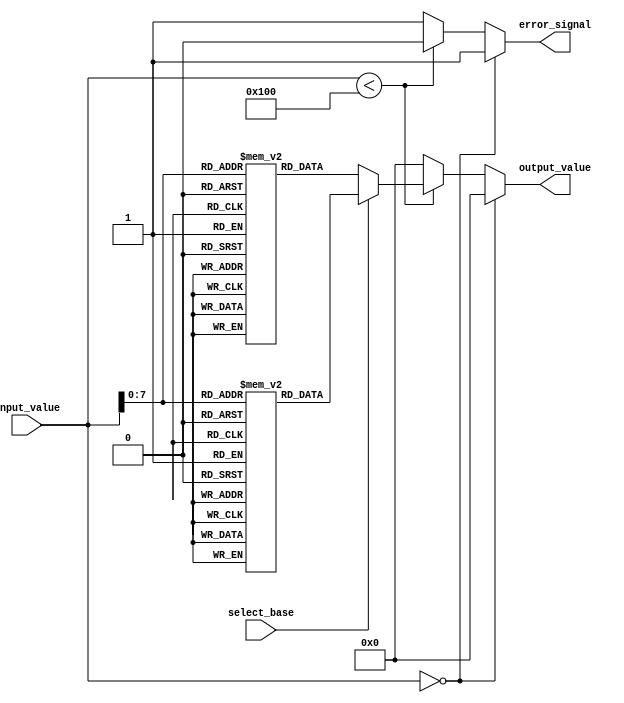
module LogarithmicFunctionGenerator (
    input wire [31:0] input_value, // 32-bit unsigned input
    input wire select_base,         // Control signal: 0 for log2, 1 for log10
    output reg signed [31:0] output_value, // 32-bit signed output
    output reg error_signal         // Error signal for invalid input
);

    // Lookup table for log2 and log10 values (scaled by a factor for integer representation)
    reg signed [31:0] log2_lut [0:255]; // LUT for log2 values
    reg signed [31:0] log10_lut [0:255]; // LUT for log10 values

    initial begin
        // Initialize log2 LUT (scaled by 1000 for fixed-point representation)
        log2_lut[0] = 0; // log2(1) = 0
        log2_lut[1] = 1000; // log2(2) = 1.0 * 1000
        log2_lut[2] = 2000; // log2(4) = 2.0 * 1000
        // Fill in more values as needed...

        // Initialize log10 LUT (scaled by 1000 for fixed-point representation)
        log10_lut[0] = 0; // log10(1) = 0
        log10_lut[1] = 0; // log10(1) = 0
        log10_lut[2] = 301; // log10(2)  0.301 * 1000
        log10_lut[3] = 477; // log10(3)  0.477 * 1000
        // Fill in more values as needed...
    end

    always @(*) begin
        // Default output and error signal
        output_value = 0;
        error_signal = 0;

        // Input validation
        if (input_value == 0) begin
            error_signal = 1; // Invalid input
        end else begin
            // Assuming input_value is in the range [1, 255] for LUT
            if (input_value < 256) begin
                if (select_base == 0) begin
                    // Log base 2
                    output_value = log2_lut[input_value];
                end else begin
                    // Log base 10
                    output_value = log10_lut[input_value];
                end
            end else begin
                // Handle larger values with approximation or error
                error_signal = 1; // Invalid input for LUT
            end
        end
    end

endmodule